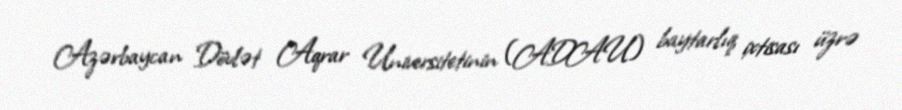
Azərbaycan Dövlət Aqrar Universitetinin (ADAU) baytarlıq ixtisası üzrə